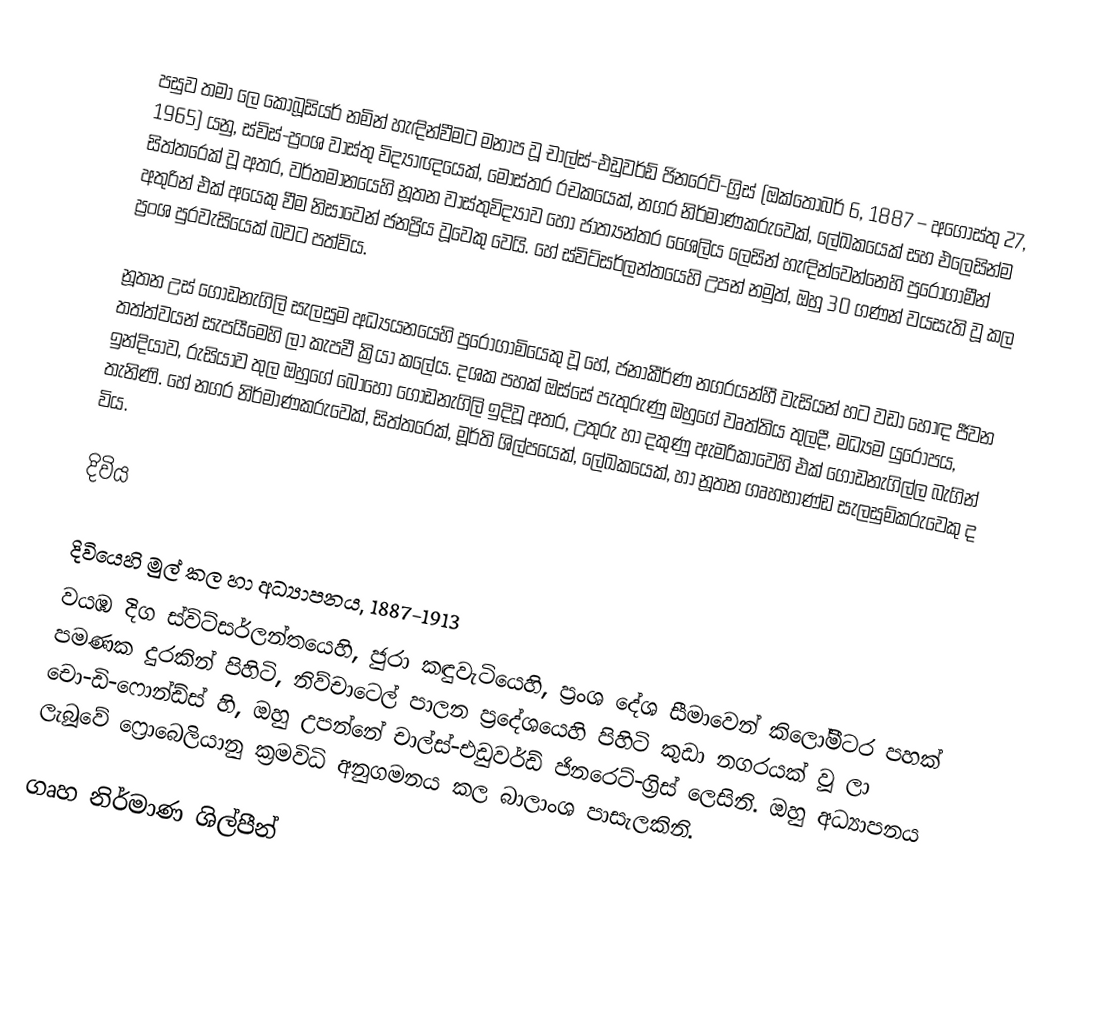
පසුව තමා  ලෙ කොබූසියර් නමින් හැඳින්වීමට මනාප වූ චාල්ස්-එඩුවර්ඩ් ජිනරෙට්-ග්‍රිස්  (ඔක්තෝබර් 6, 1887 – අගෝස්තු 27, 1965) යනු, ස්විස්-ප්‍රංශ වාස්තු විද්‍යාඥයෙක්, මොස්තර රචකයෙක්, නගර නිර්මාණකරුවෙක්, ලේඛකයෙක් සහ එලෙසින්ම  සිත්තරෙක් වූ අතර, වර්තමානයෙහි නූතන වාස්තුවිද්‍යාව ‍හෝ ජාත්‍යන්තර ශෛලිය ලෙසින් හැඳින්වෙන්නෙහි පුරෝගාමීන් අතුරින් එක් අයෙකු වීම නිසාවෙන් ජනප්‍රිය වූවෙකු වෙයි. හේ ස්විට්සර්ලන්තයෙහි උපන් නමුත්, ඔහු 30 ගණන් වයසැති වූ කල ප්‍රංශ පුරවැසියෙක් බවට පත්විය.

නූතන උස් ගොඩනැගිලි සැලසුම අධ්‍යයනයෙහි පුරෝගාමියෙකු වූ හේ, ජනාකීර්ණ නගරයන්හී වැසියන් හට වඩා හොඳ ජීවන තත්ත්වයන් සැපයීමෙහි ලා කැපවී ක්‍රියා කලේය. දශක පහක් ඔස්සේ පැතුරුණු ඔහුගේ වෘත්තිය තුලදී, මධ්‍යම යුරෝපය, ඉන්දියාව, රුසියාව තුල ඔහුගේ බොහෝ ගොඩනැගිලි ඉදිවූ අතර, උතුරු හා දකුණු ඇමරිකාවෙහි එක් ගොඩනැගිල්ල බැගින් තැනිණි. හේ  නගර නිර්මාණකරුවෙක්, සිත්තරෙක්, මූර්ති ශිල්පයෙක්, ලේඛකයෙක්, හා නූතන ගෘහභාණ්ඩ සැලසුම්කරුවෙකු ද විය.

දිවිය

දිවියෙහි මුල් කල හා අධ්‍යාපනය, 1887-1913
වයඹ දිග ස්විට්සර්ලන්තයෙහි,  ජුරා කඳුවැටියෙහි, ප්‍රංශ දේශ සීමාවෙන් කිලෝමීටර පහක් පමණක දුරකින් පිහිටි,   නිව්චාටෙල් පාලන ප්‍රදේශයෙහි පිහිටි කුඩා නගරයක් වූ  ලා චො-ඩි-ෆොන්ඩ්ස් හි, ඔහු උපන්නේ චාල්ස්-එඩුවර්ඩ් ජිනරෙට්-ග්‍රිස් ලෙසිනි.  ඔහු අධ්‍යාපනය ලැබූවේ ‍ෆ්‍රොබෙලියානු ක්‍රමවිධි අනුගමනය කල බාලාංශ පාසැලකිනි.

ගෘහ නිර්මාණ ශිල්පීන්